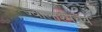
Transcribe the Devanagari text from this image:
ज्वालाश्मचय